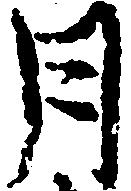
月